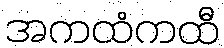
အကထံကထီ